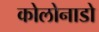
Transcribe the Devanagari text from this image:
कोलोनाडो